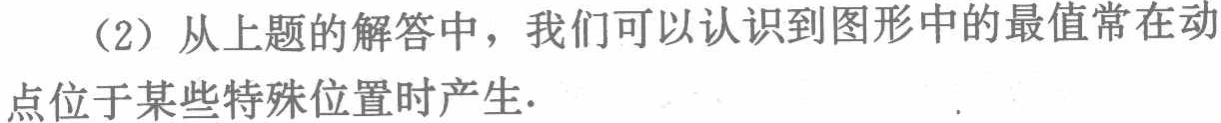
（2）从上题的解答中，我们可以认识到图形中的最值常在动点位于某些特殊位置时产生.